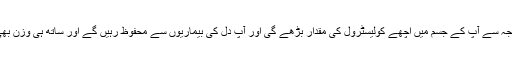
شہد کی وجہ سے آپ کے جسم میں اچھے کولیسٹرول کی مقدار بڑھے گی اور آپ دل کی بیماریوں سے محفوظ رہیں گے اور ساتھ ہی وزن بھی کم ہوگا۔